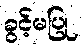
ခွင့်မပြု